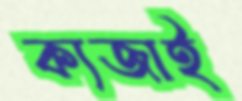
ক্যজাই